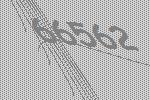
66562